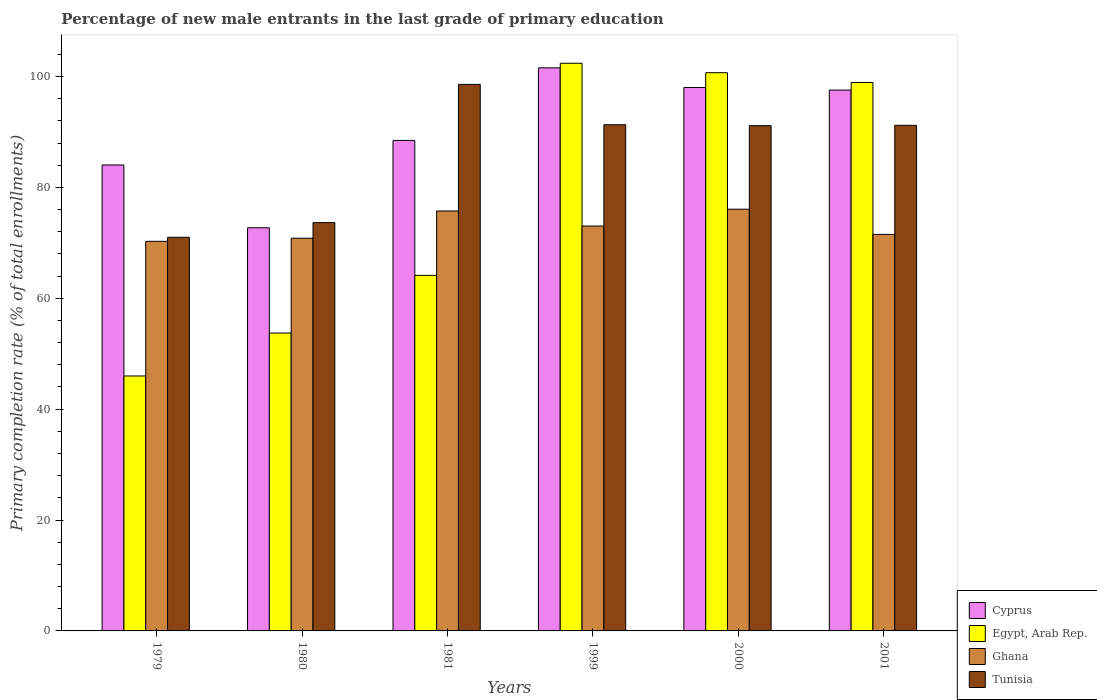
| Years | Cyprus | Egypt, Arab Rep. | Ghana | Tunisia |
 | --- | --- | --- | --- | --- |
 | 1979 | 84 | 46 | 70.3 | 71 |
 | 1980 | 72.7 | 53.7 | 70.8 | 73.7 |
 | 1981 | 88.5 | 64.1 | 75.7 | 98.6 |
 | 1999 | 102 | 102 | 73 | 91.3 |
 | 2000 | 98 | 101 | 76.1 | 91.1 |
 | 2001 | 97.6 | 98.9 | 71.5 | 91.2 |